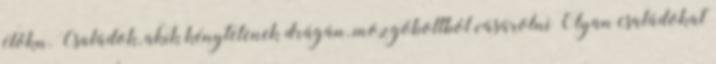
élőkn. Családok, akik kénytelenek drágán, mozgóboltból vásárolni Olyan családokat